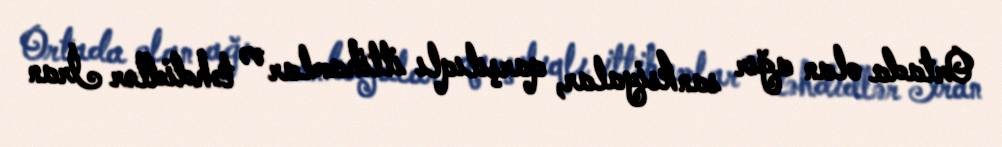
Ortada olan ağır sanksiyalar, qarşılıqlı ittihamlar və təhdidlər İran